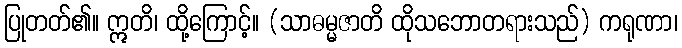
ပြုတတ်၏။ ဣတိ၊ ထို့ကြောင့်။ (သာဓမ္မဇာတိ ထိုသဘောတရားသည်) ကရုဏာ၊